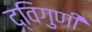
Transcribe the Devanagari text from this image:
द्विगुणी